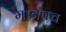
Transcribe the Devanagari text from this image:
मानवच